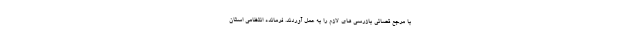
با مرجع قضائی بازرسی های لازم را به عمل آوردند. فرمانده انتظامی استان